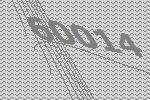
60014